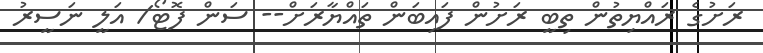
ރަށުގެ ރައްޔިތުން ތިބީ ރަށުން ފައިބަން ތައްޔާރަށް-- ސަން ފޮޓޯ/ އަލީ ނަސީރު